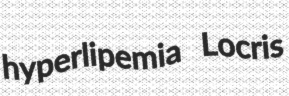
hyperlipemia Locris